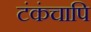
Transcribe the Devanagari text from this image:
टंकंचापि